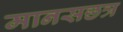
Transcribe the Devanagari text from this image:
मानसछत्र